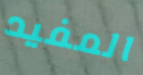
المفيد